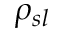
\rho _ { s l }